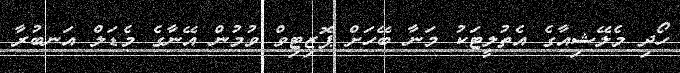
ހޯދި މެލޭޝިއާގެ އެތުލީޓަކު މަނާ ބޭހަށް ޕޮޒިޓިވް ވުމުން އޭނާގެ މެޑަލް އަނބުރާ